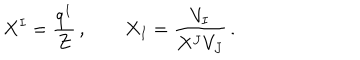
X ^ { I } = \frac { q ^ { I } } { Z } \, , \qquad X _ { I } = \frac { V _ { I } } { X ^ { J } V _ { J } } \, .